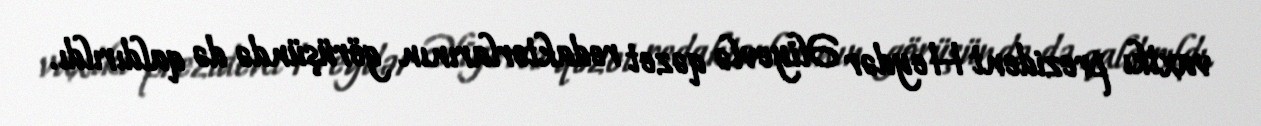
vaxtkı prezident Heydər Əliyevlə qəzet redaktorlarının görüşündə də qaldırıldı.